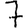
Digit: 7